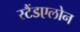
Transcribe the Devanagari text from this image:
स्टैंडएलोन